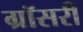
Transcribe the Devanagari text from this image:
ग्रॉसरी